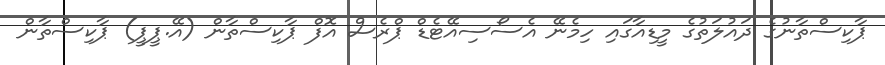
ޕާކިސްތާނުގެ ދައުލަތުގެ މީޑިއާގައި ހިމެނޭ އެސޯސިއޭޓެޑް ޕްރެސް އޮފް ޕާކިސްތާން (އޭ.ޕީޕީ) ޕާކިސްތާން